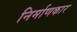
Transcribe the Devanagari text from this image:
निर्माणकार